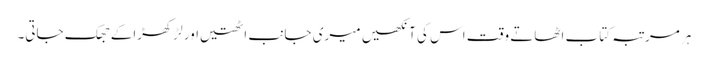
ہر مرتبہ کتاب اٹھاتے وقت اس کی آنکھیں میری جانب اٹھتیں اور لڑکھڑاکے جھک جاتی۔